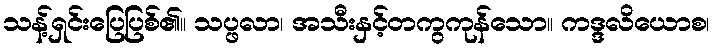
သန့်ရှင်းပြေပြစ်၏။ သပ္ဖလာ၊ အသီးနှင့်တကွကုန်သော။ ကဒ္ဒလိယောစ၊